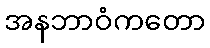
အနဘာဝံကတော